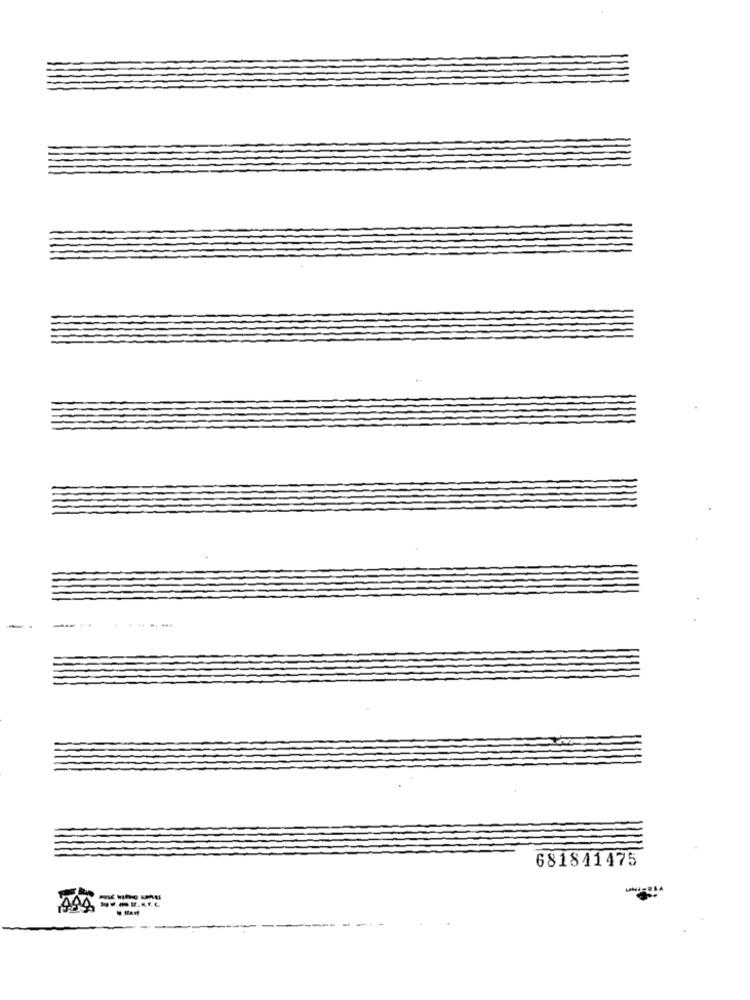
-------
681841475